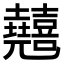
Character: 𠓘